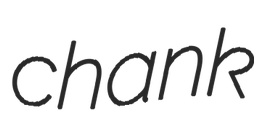
chank